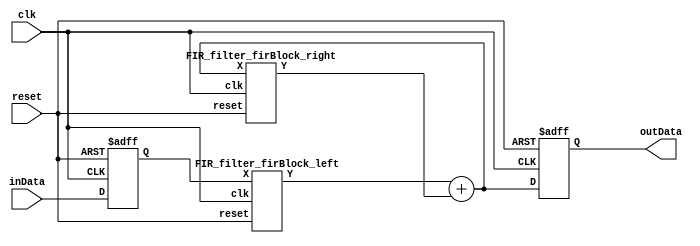
/*------------------------------------------------------------------------------
 * This code was generated by Spiral IIR Filter Generator, www.spiral.net
 * Copyright (c) 2006, Carnegie Mellon University
 * All rights reserved.
 * The code is distributed under a BSD style license
 * (see http://www.opensource.org/licenses/bsd-license.php)
 *------------------------------------------------------------------------------ */
/* ./iirGen.pl -A 256 0 378 0 179 0 32 0 2 0 0 0 -B 0 -4 22 -68 136 -191 191 -136 68 -22 4 0 -moduleName FIR_filter -fractionalBits 8 -bitWidth 32 -inData inData -inReg -outReg -outData outData -clk clk -reset reset -reset_edge negedge -filterForm 1 -debug -outFile ../outputs/filter_1536037053.v */
/* Warning: zero-valued filter taps have been optimized away. */



module FIR_filter (
    inData,
    clk,
    outData,
    reset
);

  // Port mode declarations:
  input   [31:0] inData;
  input    clk;
  output  [31:0] outData;
  input    reset;

  //registerIn
  reg [31:0] inData_in;

  always@(posedge clk or negedge reset) begin
    if(~reset) begin
      inData_in <= 32'h00000000;
    end  else begin
      inData_in <= inData;
    end
  end

  //registerOut
  reg [31:0] outData;
  wire [31:0] outData_in;

  always@(posedge clk or negedge reset) begin
    if(~reset) begin
      outData <= 32'h00000000;
    end  else begin
      outData <= outData_in;
    end
  end

  wire [31:0] leftOut, rightOut;

  FIR_filter_firBlock_left my_FIR_filter_firBlock_left(
    .X(inData_in),
    .Y(leftOut),
    .clk(clk),
    .reset(reset)
);

  FIR_filter_firBlock_right my_FIR_filter_firBlock_right(
    .X(outData_in),
    .Y(rightOut),
    .clk(clk),
    .reset(reset)
);

  assign outData_in = leftOut + rightOut; // adder(32)

  //FIR_filter area estimate = 113925.875962894;
endmodule //FIR_filter


module FIR_filter_firBlock_left_MultiplyBlock (
    X,
    Y1,
    Y2,
    Y3,
    Y4,
    Y5,
    Y6,
    Y7,
    Y8,
    Y9,
    Y10,
    Y11
);

  // Port mode declarations:
  input signed   [31:0] X;
  output signed  [31:0]
    Y1,
    Y2,
    Y3,
    Y4,
    Y5,
    Y6,
    Y7,
    Y8,
    Y9,
    Y10,
    Y11;

  wire [31:0] Y [0:10];

  assign Y1 = Y[0];
  assign Y2 = Y[1];
  assign Y3 = Y[2];
  assign Y4 = Y[3];
  assign Y5 = Y[4];
  assign Y6 = Y[5];
  assign Y7 = Y[6];
  assign Y8 = Y[7];
  assign Y9 = Y[8];
  assign Y10 = Y[9];
  assign Y11 = Y[10];

  //Multipliers:

  wire signed [39:0]
    w1,
    w0,
    w16,
    w17,
    w4,
    w3,
    w8,
    w11,
    w192,
    w191,
    w22,
    w22_,
    w68,
    w136,
    w136_,
    w191_,
    w68_,
    w4_;

  assign w1 = X;
  assign w0 = 0;
  assign w11 = w3 + w8; //2195.42405790882 = adderArea(3,34)
  assign w136 = w17 << 3; //shl(3,39)
  assign w136_ = -1 * w136; //1669.85284613971 = negArea(3,39)
  assign w16 = w1 << 4; //shl(4,35)
  assign w17 = w1 + w16; //2195.42405790882 = adderArea(4,35)
  assign w191 = w192 - w1; //2561.32791574853 = subArea(6,39)
  assign w191_ = -1 * w191; //1809.56165059559 = negArea(0,39)
  assign w192 = w3 << 6; //shl(6,39)
  assign w22 = w11 << 1; //shl(1,36)
  assign w22_ = -1 * w22; //1623.28324465441 = negArea(1,36)
  assign w3 = w4 - w1; //2408.3135227603 = subArea(2,33)
  assign w4 = w1 << 2; //shl(2,33)
  assign w4_ = -1 * w4; //1437.00483871323 = negArea(2,33)
  assign w68 = w17 << 2; //shl(2,38)
  assign w68_ = -1 * w68; //1669.85284613971 = negArea(2,38)
  assign w8 = w1 << 3; //shl(3,34)

  assign Y[0] = w4[39:8]; //BitwidthUsed(0, 25)
  assign Y[1] = w22_[39:8]; //BitwidthUsed(0, 28)
  assign Y[2] = w68[39:8]; //BitwidthUsed(0, 30)
  assign Y[3] = w136_[39:8]; //BitwidthUsed(0, 31)
  assign Y[4] = w191[39:8]; //BitwidthUsed(0, 31)
  assign Y[5] = w191_[39:8]; //BitwidthUsed(0, 31)
  assign Y[6] = w136[39:8]; //BitwidthUsed(0, 31)
  assign Y[7] = w68_[39:8]; //BitwidthUsed(0, 30)
  assign Y[8] = w22[39:8]; //BitwidthUsed(0, 28)
  assign Y[9] = w4_[39:8]; //BitwidthUsed(0, 25)
  assign Y[10] = w0[39:8]; //BitwidthUsed(none)

  //FIR_filter_firBlock_left_MultiplyBlock area estimate = 17570.0449805691;
endmodule //FIR_filter_firBlock_left_MultiplyBlock




module FIR_filter_firBlock_left (
    X,
    clk,
    Y,
    reset
);

  // Port mode declarations:
  input   [31:0] X;
  input    clk;
  output  [31:0] Y;
  input    reset;

  //registerOut
  reg [31:0] Y;
  wire [31:0] Y_in;

  always@(posedge clk or negedge reset) begin
    if(~reset) begin
      Y <= 32'h00000000;
    end  else begin
      Y <= Y_in;
    end
  end

  wire [31:0] multProducts [0:10];

  FIR_filter_firBlock_left_MultiplyBlock my_FIR_filter_firBlock_left_MultiplyBlock(
    .X(X),
    .Y1(multProducts[0]),
    .Y2(multProducts[1]),
    .Y3(multProducts[2]),
    .Y4(multProducts[3]),
    .Y5(multProducts[4]),
    .Y6(multProducts[5]),
    .Y7(multProducts[6]),
    .Y8(multProducts[7]),
    .Y9(multProducts[8]),
    .Y10(multProducts[9]),
    .Y11(multProducts[10])
  );

  reg [31:0] firStep[0:9];

  always@(posedge clk or negedge reset) begin
    if(~reset) begin
      firStep[0] <= 32'h00000000;
      firStep[1] <= 32'h00000000;
      firStep[2] <= 32'h00000000;
      firStep[3] <= 32'h00000000;
      firStep[4] <= 32'h00000000;
      firStep[5] <= 32'h00000000;
      firStep[6] <= 32'h00000000;
      firStep[7] <= 32'h00000000;
      firStep[8] <= 32'h00000000;
      firStep[9] <= 32'h00000000;
    end
    else begin
      firStep[0] <=  multProducts[0]; // 2448.23046908235 = flop(0, 31)
      firStep[1] <=  firStep[0] + multProducts[1]; // 4643.65452699117 = flop(0, 31) + adder(0, 31)
      firStep[2] <=  firStep[1] + multProducts[2]; // 4643.65452699117 = flop(0, 31) + adder(0, 31)
      firStep[3] <=  firStep[2] + multProducts[3]; // 4643.65452699117 = flop(0, 31) + adder(0, 31)
      firStep[4] <=  firStep[3] + multProducts[4]; // 4643.65452699117 = flop(0, 31) + adder(0, 31)
      firStep[5] <=  firStep[4] + multProducts[5]; // 4643.65452699117 = flop(0, 31) + adder(0, 31)
      firStep[6] <=  firStep[5] + multProducts[6]; // 4643.65452699117 = flop(0, 31) + adder(0, 31)
      firStep[7] <=  firStep[6] + multProducts[7]; // 4643.65452699117 = flop(0, 31) + adder(0, 31)
      firStep[8] <=  firStep[7] + multProducts[8]; // 4643.65452699117 = flop(0, 31) + adder(0, 31)
      firStep[9] <=  firStep[8] + multProducts[9]; // 4643.65452699117 = flop(0, 31) + adder(0, 31)
    end
  end

  assign Y_in = firStep[9]+ multProducts[10];// 0 = adder(none)
  //FIR_filter_firBlock_left area estimate = 64259.3966616544;
endmodule //FIR_filter_firBlock_left



/* Warning: zero-valued filter taps have been optimized away. */

module FIR_filter_firBlock_right_MultiplyBlock (
    X,
    Y1,
    Y2,
    Y3,
    Y4,
    Y5,
    Y6,
    Y7,
    Y8
);

  // Port mode declarations:
  input signed   [31:0] X;
  output signed  [31:0]
    Y1,
    Y2,
    Y3,
    Y4,
    Y5,
    Y6,
    Y7,
    Y8;

  wire [31:0] Y [0:7];

  assign Y1 = Y[0];
  assign Y2 = Y[1];
  assign Y3 = Y[2];
  assign Y4 = Y[3];
  assign Y5 = Y[4];
  assign Y6 = Y[5];
  assign Y7 = Y[6];
  assign Y8 = Y[7];

  //Multipliers:

  wire signed [39:0]
    w1,
    w0,
    w4,
    w3,
    w192,
    w189,
    w5,
    w10,
    w179,
    w2,
    w2_,
    w32,
    w32_,
    w179_,
    w378,
    w378_;

  assign w1 = X;
  assign w0 = 0;
  assign w10 = w5 << 1; //shl(1,35)
  assign w179 = w189 - w10; //2943.86389821912 = subArea(1,39)
  assign w179_ = -1 * w179; //1809.56165059559 = negArea(0,39)
  assign w189 = w192 - w3; //2484.82071925441 = subArea(6,38)
  assign w192 = w3 << 6; //shl(6,38)
  assign w2 = w1 << 1; //shl(1,32)
  assign w2_ = -1 * w2; //1437.00483871323 = negArea(1,32)
  assign w3 = w4 - w1; //2331.80632626618 = subArea(2,32)
  assign w32 = w1 << 5; //shl(5,36)
  assign w32_ = -1 * w32; //1437.00483871323 = negArea(5,36)
  assign w378 = w189 << 1; //shl(1,39)
  assign w378_ = -1 * w378; //1762.99204911029 = negArea(1,39)
  assign w4 = w1 << 2; //shl(2,32)
  assign w5 = w1 + w4; //2195.42405790882 = adderArea(2,33)

  assign Y[0] = w2_[39:8]; //BitwidthUsed(0, 24)
  assign Y[1] = w0[39:8]; //BitwidthUsed(none)
  assign Y[2] = w32_[39:8]; //BitwidthUsed(0, 28)
  assign Y[3] = w0[39:8]; //BitwidthUsed(none)
  assign Y[4] = w179_[39:8]; //BitwidthUsed(0, 31)
  assign Y[5] = w0[39:8]; //BitwidthUsed(none)
  assign Y[6] = w378_[39:8]; //BitwidthUsed(0, 31)
  assign Y[7] = w0[39:8]; //BitwidthUsed(none)

  //FIR_filter_firBlock_right_MultiplyBlock area estimate = 16402.4783787809;
endmodule //FIR_filter_firBlock_right_MultiplyBlock




module FIR_filter_firBlock_right (
    X,
    clk,
    Y,
    reset
);

  // Port mode declarations:
  input   [31:0] X;
  input    clk;
  output  [31:0] Y;
  input    reset;

  //registerOut
  reg [31:0] Y;
  wire [31:0] Y_in;

  always@(posedge clk or negedge reset) begin
    if(~reset) begin
      Y <= 32'h00000000;
    end  else begin
      Y <= Y_in;
    end
  end

  wire [31:0] multProducts [0:7];

  FIR_filter_firBlock_right_MultiplyBlock my_FIR_filter_firBlock_right_MultiplyBlock(
    .X(X),
    .Y1(multProducts[0]),
    .Y2(multProducts[1]),
    .Y3(multProducts[2]),
    .Y4(multProducts[3]),
    .Y5(multProducts[4]),
    .Y6(multProducts[5]),
    .Y7(multProducts[6]),
    .Y8(multProducts[7])
  );

  reg [31:0] firStep[0:6];

  always@(posedge clk or negedge reset) begin
    if(~reset) begin
      firStep[0] <= 32'h00000000;
      firStep[1] <= 32'h00000000;
      firStep[2] <= 32'h00000000;
      firStep[3] <= 32'h00000000;
      firStep[4] <= 32'h00000000;
      firStep[5] <= 32'h00000000;
      firStep[6] <= 32'h00000000;
    end
    else begin
      firStep[0] <=  multProducts[0]; // 2448.23046908235 = flop(0, 31)
      firStep[1] <=  firStep[0] + multProducts[1]; // 2448.23046908235 = flop(0, 31) + adder(none)
      firStep[2] <=  firStep[1] + multProducts[2]; // 4643.65452699117 = flop(0, 31) + adder(0, 31)
      firStep[3] <=  firStep[2] + multProducts[3]; // 2448.23046908235 = flop(0, 31) + adder(none)
      firStep[4] <=  firStep[3] + multProducts[4]; // 4643.65452699117 = flop(0, 31) + adder(0, 31)
      firStep[5] <=  firStep[4] + multProducts[5]; // 2448.23046908235 = flop(0, 31) + adder(none)
      firStep[6] <=  firStep[5] + multProducts[6]; // 4643.65452699117 = flop(0, 31) + adder(0, 31)
    end
  end

  assign Y_in = firStep[6]+ multProducts[7];// 0 = adder(none)
  //FIR_filter_firBlock_right area estimate = 42574.5943051662;
endmodule //FIR_filter_firBlock_right